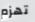
تهزم